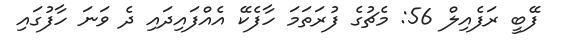
ފޭބީ ރަފެއިލް 56: މެޗުގެ ފުރަތަމަ ހާފެކޭ އެއްފައިދައި ދެ ވަނަ ހާފުގައި